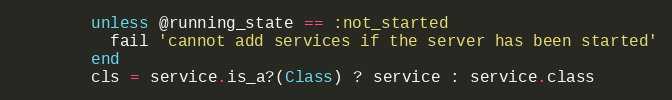
Language: Ruby
        unless @running_state == :not_started
          fail 'cannot add services if the server has been started'
        end
        cls = service.is_a?(Class) ? service : service.class